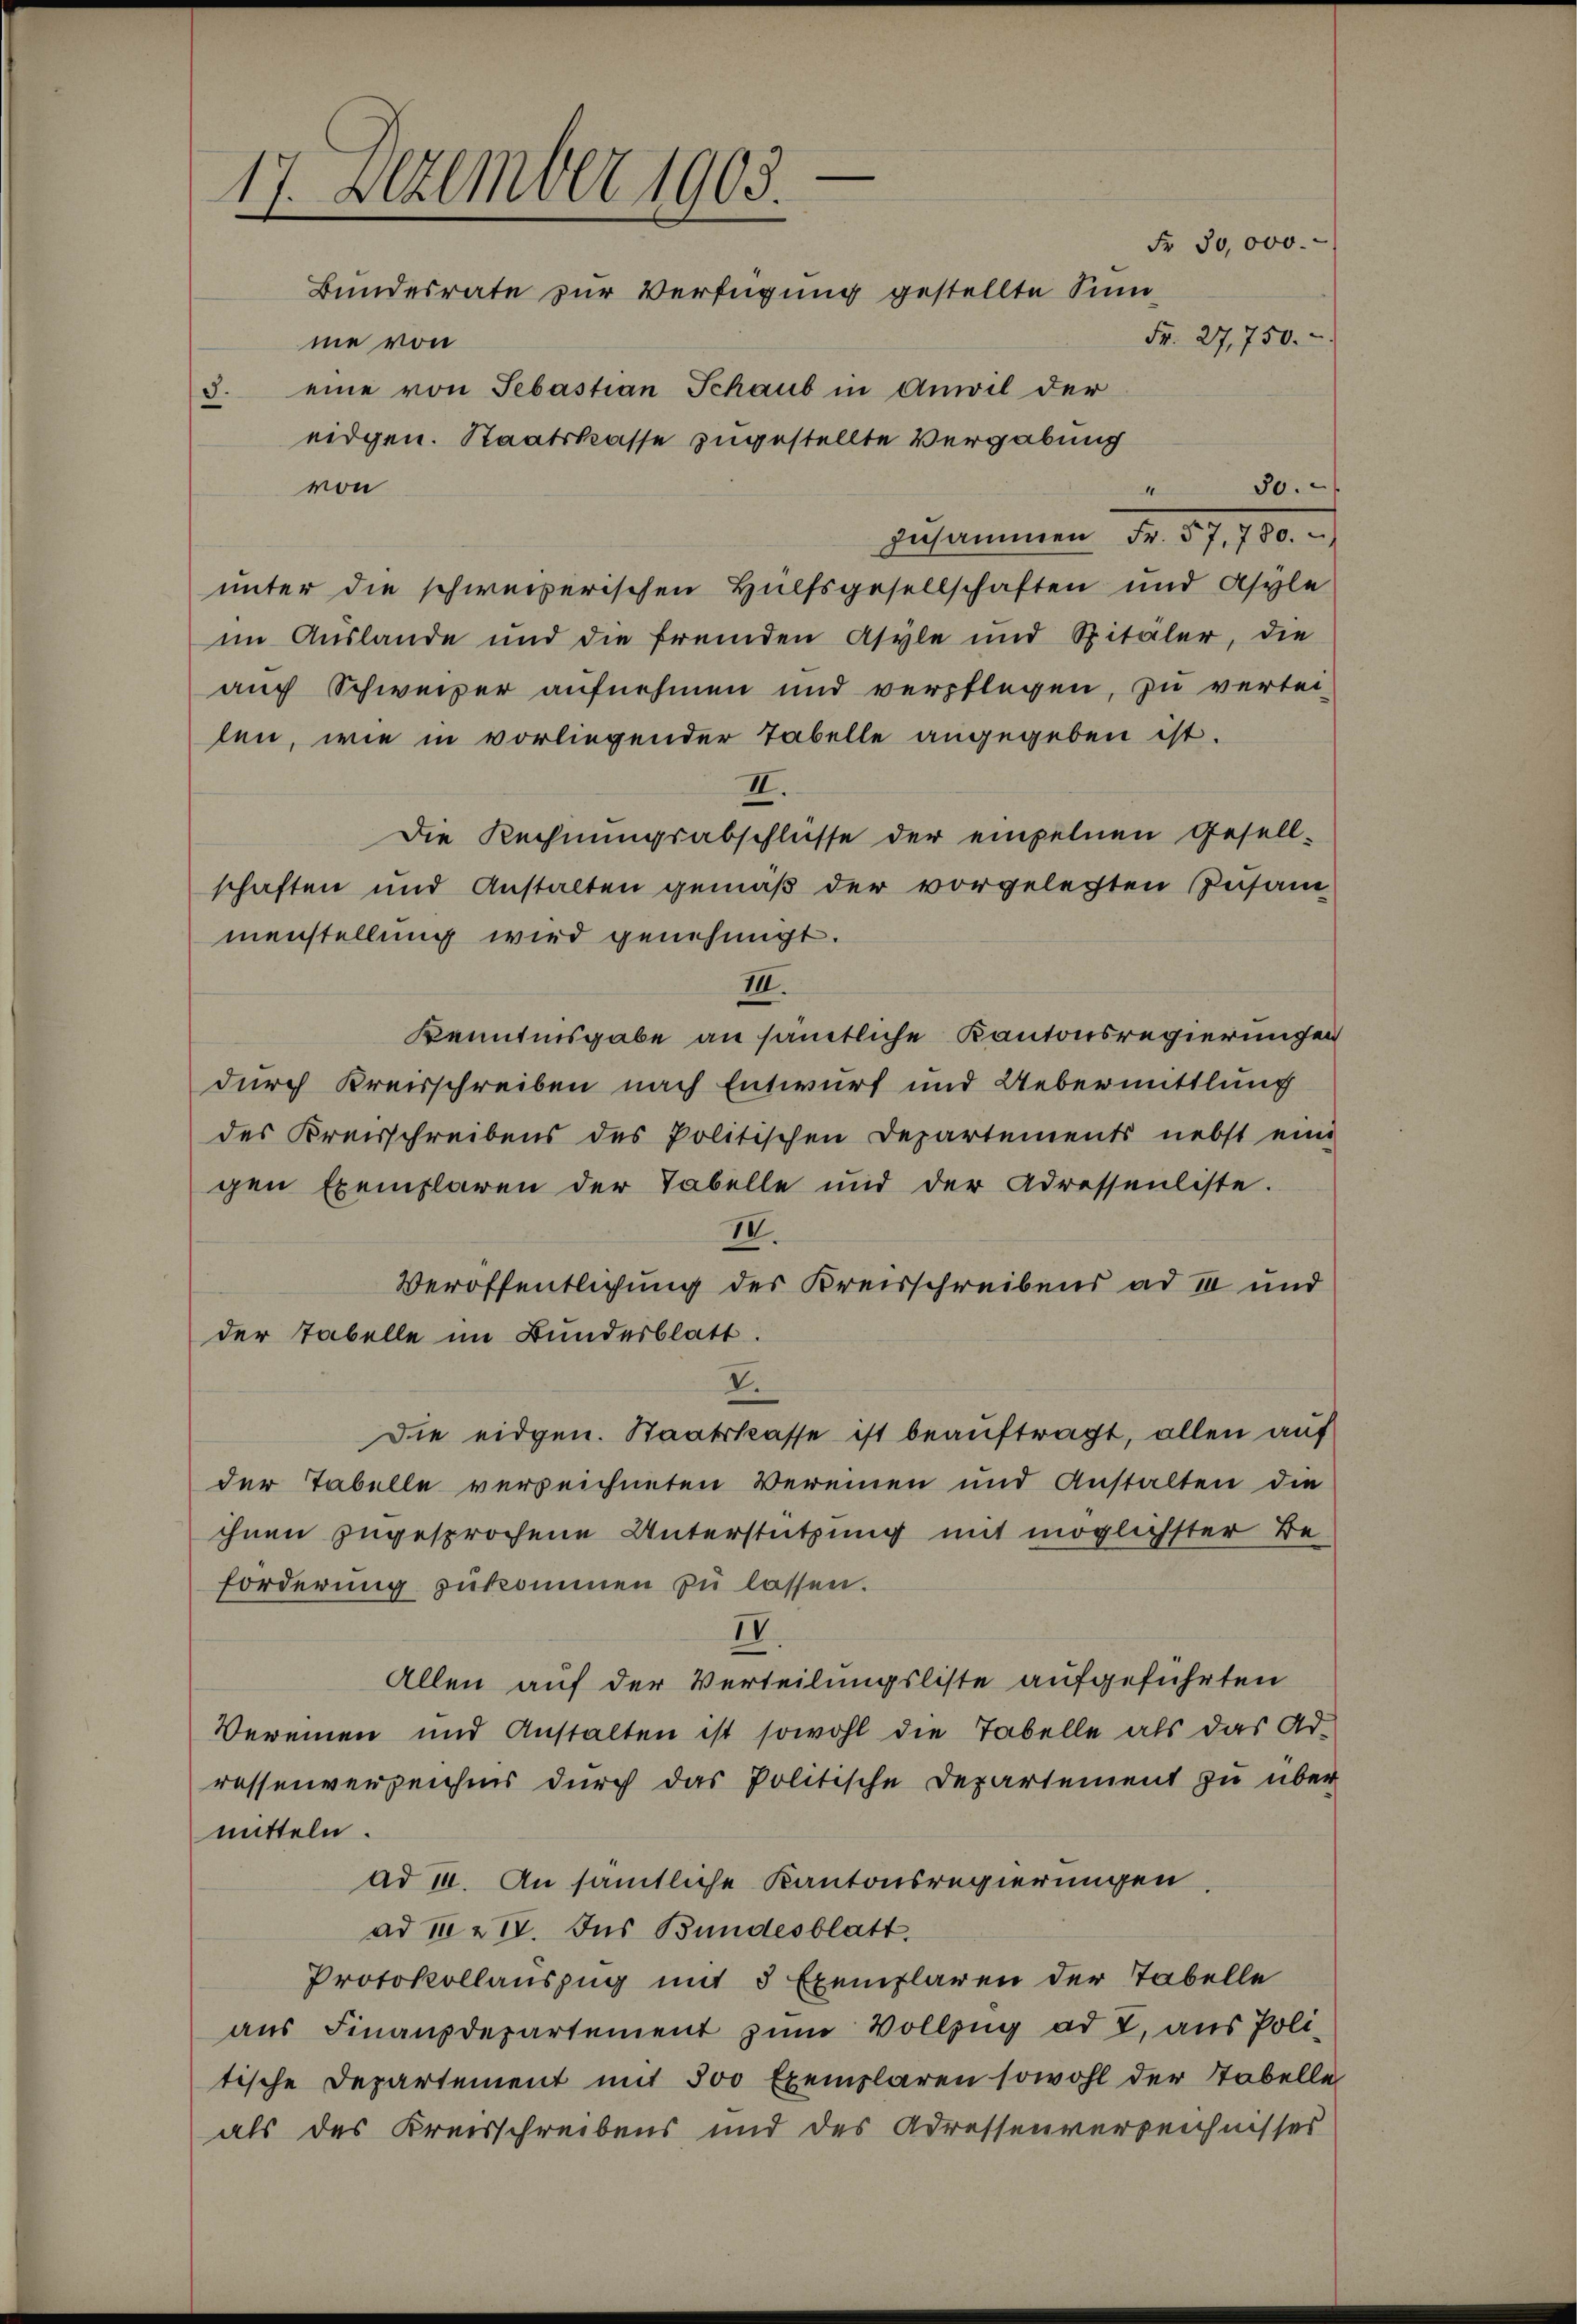
17. Dezember 1903.
Fr. 50,000.
Bundesrate zur Verfügung gestellte Sum¬
Fr. 27,750.
ne von
3. eine von Sebastian Schaub in Anwil der
eidgen. Staatskasse zugestellte Vergabung
30.
von
4

zusammen Fr. 57, 780.
unter die schweizerischen Hülfsgesellschaften und Asyle
im Auslande und die fremden Asyle und Spitäler, die
auch Schweizer aufnehmen und verpflegen, zu vertei-
len, wie in vorliegender Tabelle angegeben ist.
II.
Die Rechnungsabschlüsse der empelnen Gesell-
schaften und Anstalten gemäß der vorgelegten Zusam-
menstellung wird genehmigt.
III.
Kenntnisgabe an sämtliche Kantonsregierungen
durch Kreisschreiben nach Entwurf und Uebermittlung
des Kreisschreibens des Politischen Departements nebst eine
gen Exemplaren der Tabelle und der Adressenliste.
II.
Veröffentlichung des Kreisschreibens ad III und
der Tabelle im Bundesblatt.
V.
Die eidgen. Staatskasse ist beauftragt, allen auf
der Tabelle verzeichneten Vereinen und Anstalten die
ihnen zugesprochene Unterstützung mit möglichster Be-
Forderung zukommen zu lassen.
IV.
Allen auf der Verteilungsliste aufgeführten
Vereinen und Anstalten ist sowohl die Tabelle als das Ad-
ressenverzeichnis durch das Politische Departement zu über
mitteln.
ad 14. An sämtliche Kantonsregierungen.
ad 1. 17. Jus Bundesblatt.
Protokollauszug mit 3 Exemplaren der Tabelle
aŭs Finanzdepartement zŭm Vollzŭg ad 2. aŭs Poli-
tische Departement mit 500 Exemplaren sowohl der Tabelle
als des Kreisschreibens und des Adressenverzeichnisses